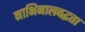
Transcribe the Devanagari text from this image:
नाभिनालबद्धता